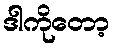
ဒါကိုတော့